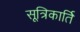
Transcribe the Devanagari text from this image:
सूत्रिकार्ति